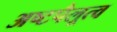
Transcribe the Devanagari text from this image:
अष्टपैलूत्व